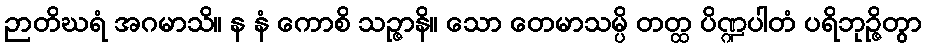
ဉာတိဃရံ အဂမာသိ။ န နံ ကောစိ သဉ္ဇာနိ။ သော တေမာသမ္ပိ တတ္ထ ပိဏ္ဍပါတံ ပရိဘုဉ္ဇိတွာ